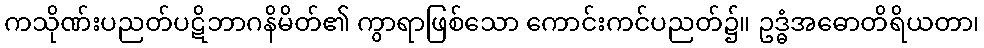
ကသိုဏ်းပညတ်ပဋိဘာဂနိမိတ်၏ ကွာရာဖြစ်သော ကောင်းကင်ပညတ်၌။ ဥဒ္ဓံအဓောတိရိယတာ၊